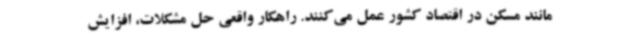
مانند مسکن در اقتصاد کشور عمل می‌کنند. راهکار واقعی حل مشکلات، افزایش